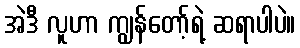
အဲဒီ လူဟာ ကျွန်တော့်ရဲ့ ဆရာပါပဲ။